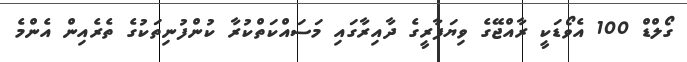
ގޯލްޑް 100 އެވޯޑަކީ ރާއްޖޭގެ ވިޔަފާރީގެ ދާއިރާގައި މަސައްކަތްކުރާ ކުންފުނިތަކުގެ ތެރެއިން އެންމެ